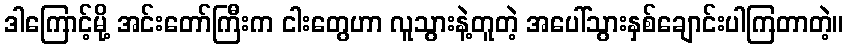
ဒါကြောင့်မို့ အင်းတော်ကြီးက ငါးတွေဟာ လူသွားနဲ့တူတဲ့ အပေါ်သွားနှစ်ချောင်းပါကြတာတဲ့။